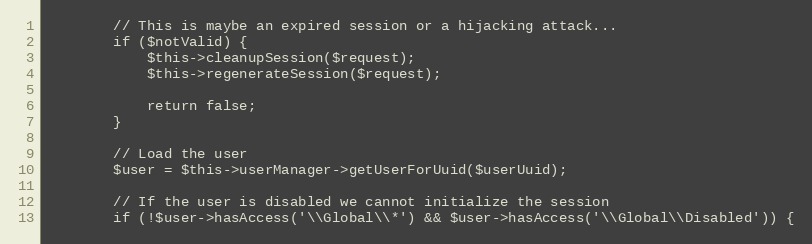
Language: PHP
        // This is maybe an expired session or a hijacking attack...
        if ($notValid) {
            $this->cleanupSession($request);
            $this->regenerateSession($request);

            return false;
        }

        // Load the user
        $user = $this->userManager->getUserForUuid($userUuid);

        // If the user is disabled we cannot initialize the session
        if (!$user->hasAccess('\\Global\\*') && $user->hasAccess('\\Global\\Disabled')) {